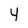
Character: 4